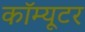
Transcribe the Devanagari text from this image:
कॉम्यूटर